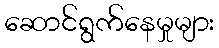
ဆောင်ရွက်နေမှုများ